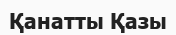
Қанатты Қазы